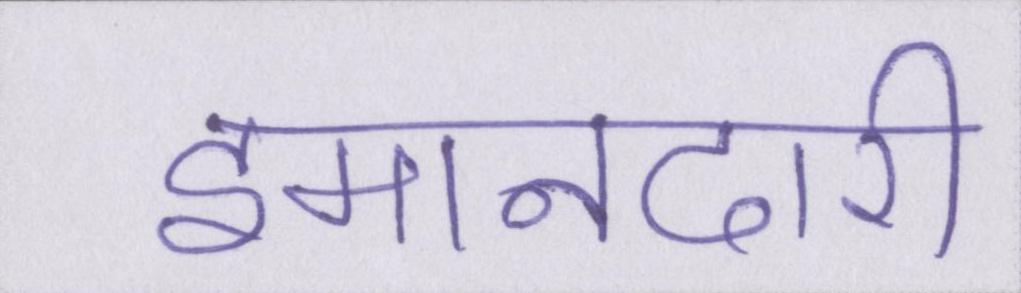
इमानदारी